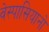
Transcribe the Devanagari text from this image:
वेस्पासियानो